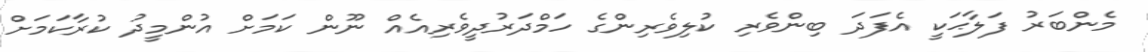
މެންބަރު ފަލާޙަކީ އެފަދަ ބިންވެރި ކުލިވެރިންގެ ހަމްދަރުދީވެރިއެއް ނޫން ކަމަށް އުންމީދު ކުރާކަމަށް